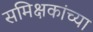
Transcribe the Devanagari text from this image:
समिक्षकांच्या